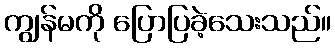
ကျွန်မကို ပြောပြခဲ့သေးသည်။